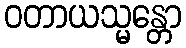
ဝတာယသ္မန္တော